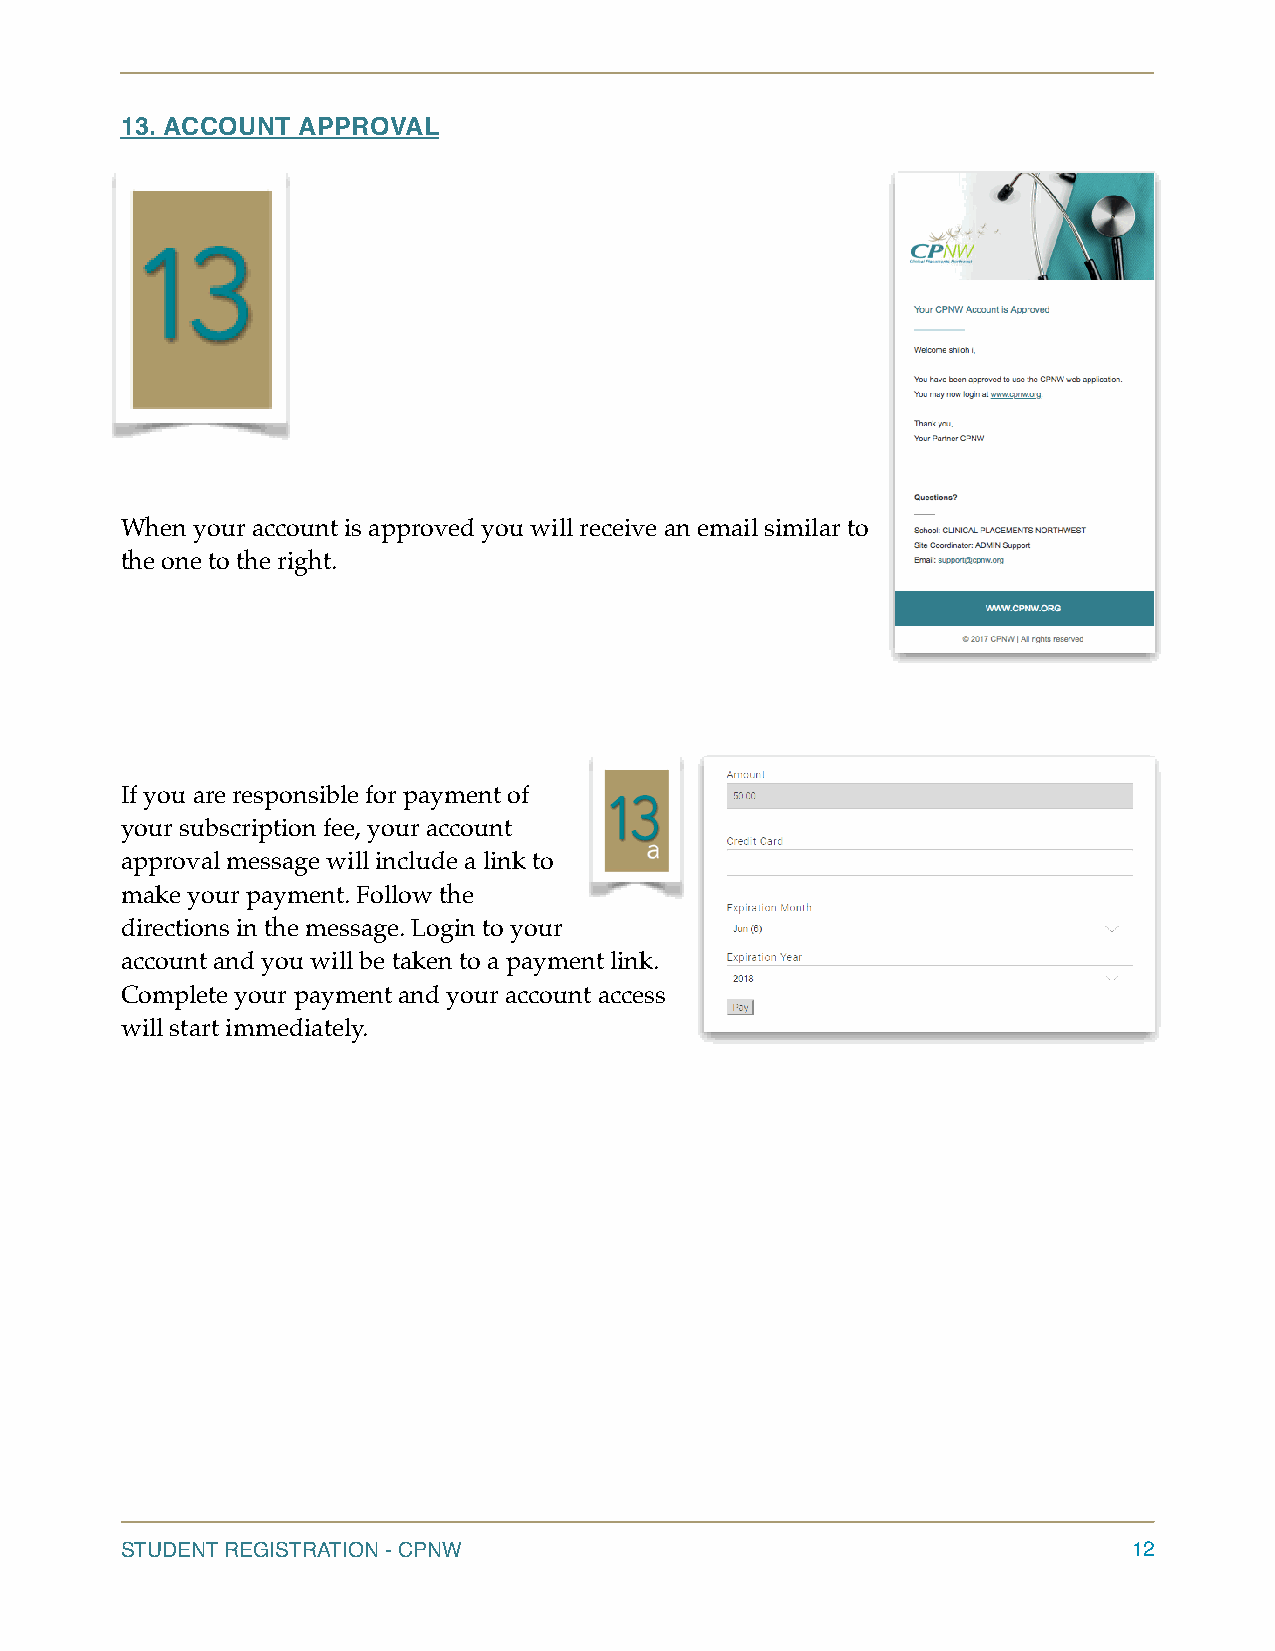
13. ACCOUNT APPROVAL
 When your account is approved you will receive an email similar to
 the one to the right.
 If you are responsible for payment of
 your subscription fee, your account
 approval message will include a link to
 make your payment. Follow the
 directions in the message. Login to your
 account and you will be taken to a payment link.
 Complete your payment and your account access
 will start immediately.
 STUDENT REGISTRATION - CPNW                                        12